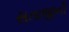
સતાજીની